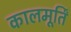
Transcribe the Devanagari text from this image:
कालमूर्तिं